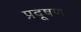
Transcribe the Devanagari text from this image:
प्रदूषण।